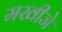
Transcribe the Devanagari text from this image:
मखीजे